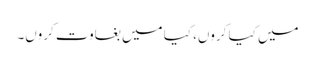
میں کیا کروں، کیا میں بغاوت کروں۔